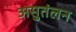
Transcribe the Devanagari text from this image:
असुतंलन